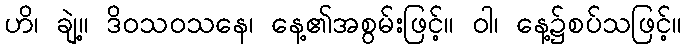
ဟိ၊ ချဲ့။ ဒိဝသဝသနေ၊ နေ့၏အစွမ်းဖြင့်။ ဝါ၊ နေ့၌စပ်သဖြင့်။